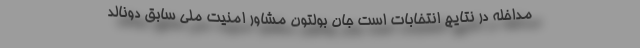
مداخله در نتایج انتخابات است جان بولتون مشاور امنیت ملی سابق دونالد